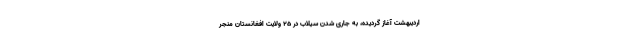
اردیبهشت آغاز گردیده، به جاری شدن سیلاب در 25 ولایت افغانستان منجر